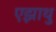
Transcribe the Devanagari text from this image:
एझाथु